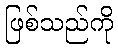
ဖြစ်သည်ကို